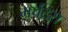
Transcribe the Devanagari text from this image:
मर्चंट्‌स